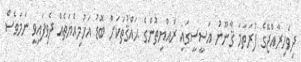
ދިވެހިރާއްޖޭގެ ފުރަތަމަ ޤާނޫނު އަސީސީގައި ރައްޔިތުންގެ ޙައްޤުތަކަށް ބޮޑު އަހުމިއްޔަތެއް ދެވިފައިވީ ނަމަވެސް